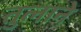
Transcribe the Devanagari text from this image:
तुलाने